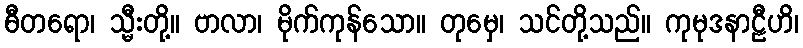
ဓီတရော၊ သ္မီးတို့။ ဗာလာ၊ မိုက်ကုန်သော။ တုမှေ၊ သင်တို့သည်။ ကုမုဒနာဠီဟိ၊